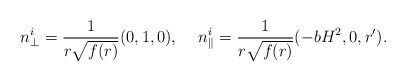
\begin{align*}n_\perp^i=\frac{1}{r\sqrt{f(r)}}(0,1,0),\hspace*{5mm}n_\parallel^i=\frac{1}{r\sqrt{f(r)}}(-bH^2,0,r').\end{align*}